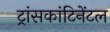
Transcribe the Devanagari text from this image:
ट्रांसकांटिनेंटल